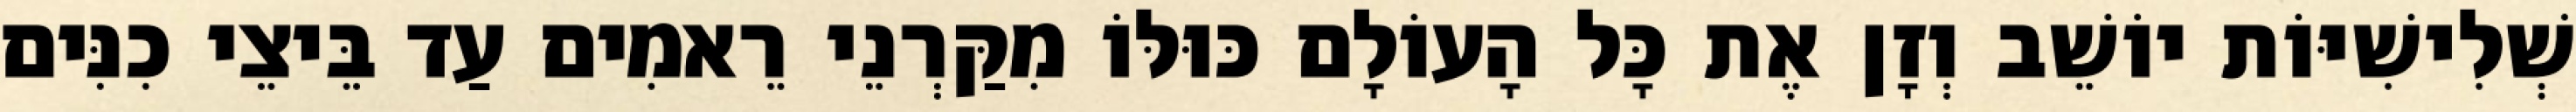
שְׁלִישִׁיּוֹת יוֹשֵׁב וְזָן אֶת כָּל הָעוֹלָם כּוּלּוֹ מִקַּרְנֵי רֵאמִים עַד בֵּיצֵי כִנִּים